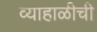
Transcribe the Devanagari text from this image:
व्याहाळीची